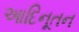
આદિનૂતન